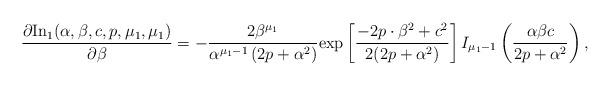
LaTeX: \begin{align*}\frac{\partial \mathrm{In_1}(\alpha ,\beta ,c,p,\mu _1,\mu _1)}{\partial \beta}=-\frac{2\beta ^{\mu _1}}{\alpha ^{\mu _1-1}\left(2p+\alpha ^2\right)}\mathrm{exp}\left[\frac{-2p\cdot \beta ^2+c^2}{2(2p+\alpha ^2)}\right]I_{\mu _1-1}\left(\frac{\alpha \beta c}{2p+\alpha ^2}\right),\end{align*}